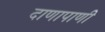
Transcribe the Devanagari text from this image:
दाणापाणी